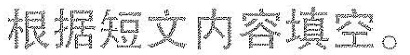
根据短文内容填空。